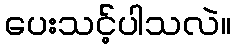
ပေးသင့်ပါသလဲ။